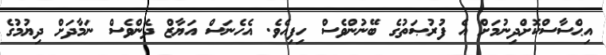
އިޙްސާސްކޮށްދިނުމަށް އެ ފުރުޞަތުގެ ބޭނުންވެސް ހިފިއެވެ. އެހެނަސް އަޔާޒް ދެންވެސް ނަމާދަށް ދިޔުމުގެ